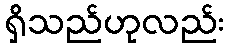
ရှိသည်ဟုလည်း